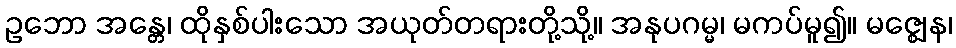
ဥဘော အန္တေ၊ ထိုနှစ်ပါးသော အယုတ်တရားတို့သို့။ အနုပဂမ္မ၊ မကပ်မူ၍။ မဇ္ဈေန၊